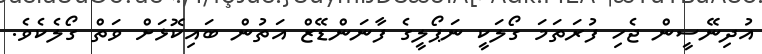
އުދިނޭސީން ޖެހި ފުރަތަމަ ގޯލަކީ ނަޕޯލީގެ ފާނަންޑޭޒް އަތުން ބައިކޮޅަށް ވަތް ގޯލެކެވެ.